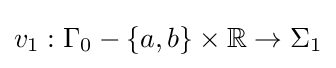
v_{1}:\Gamma _{0}-\{a,b\}\times \mathbb {R} \to \Sigma _{1}